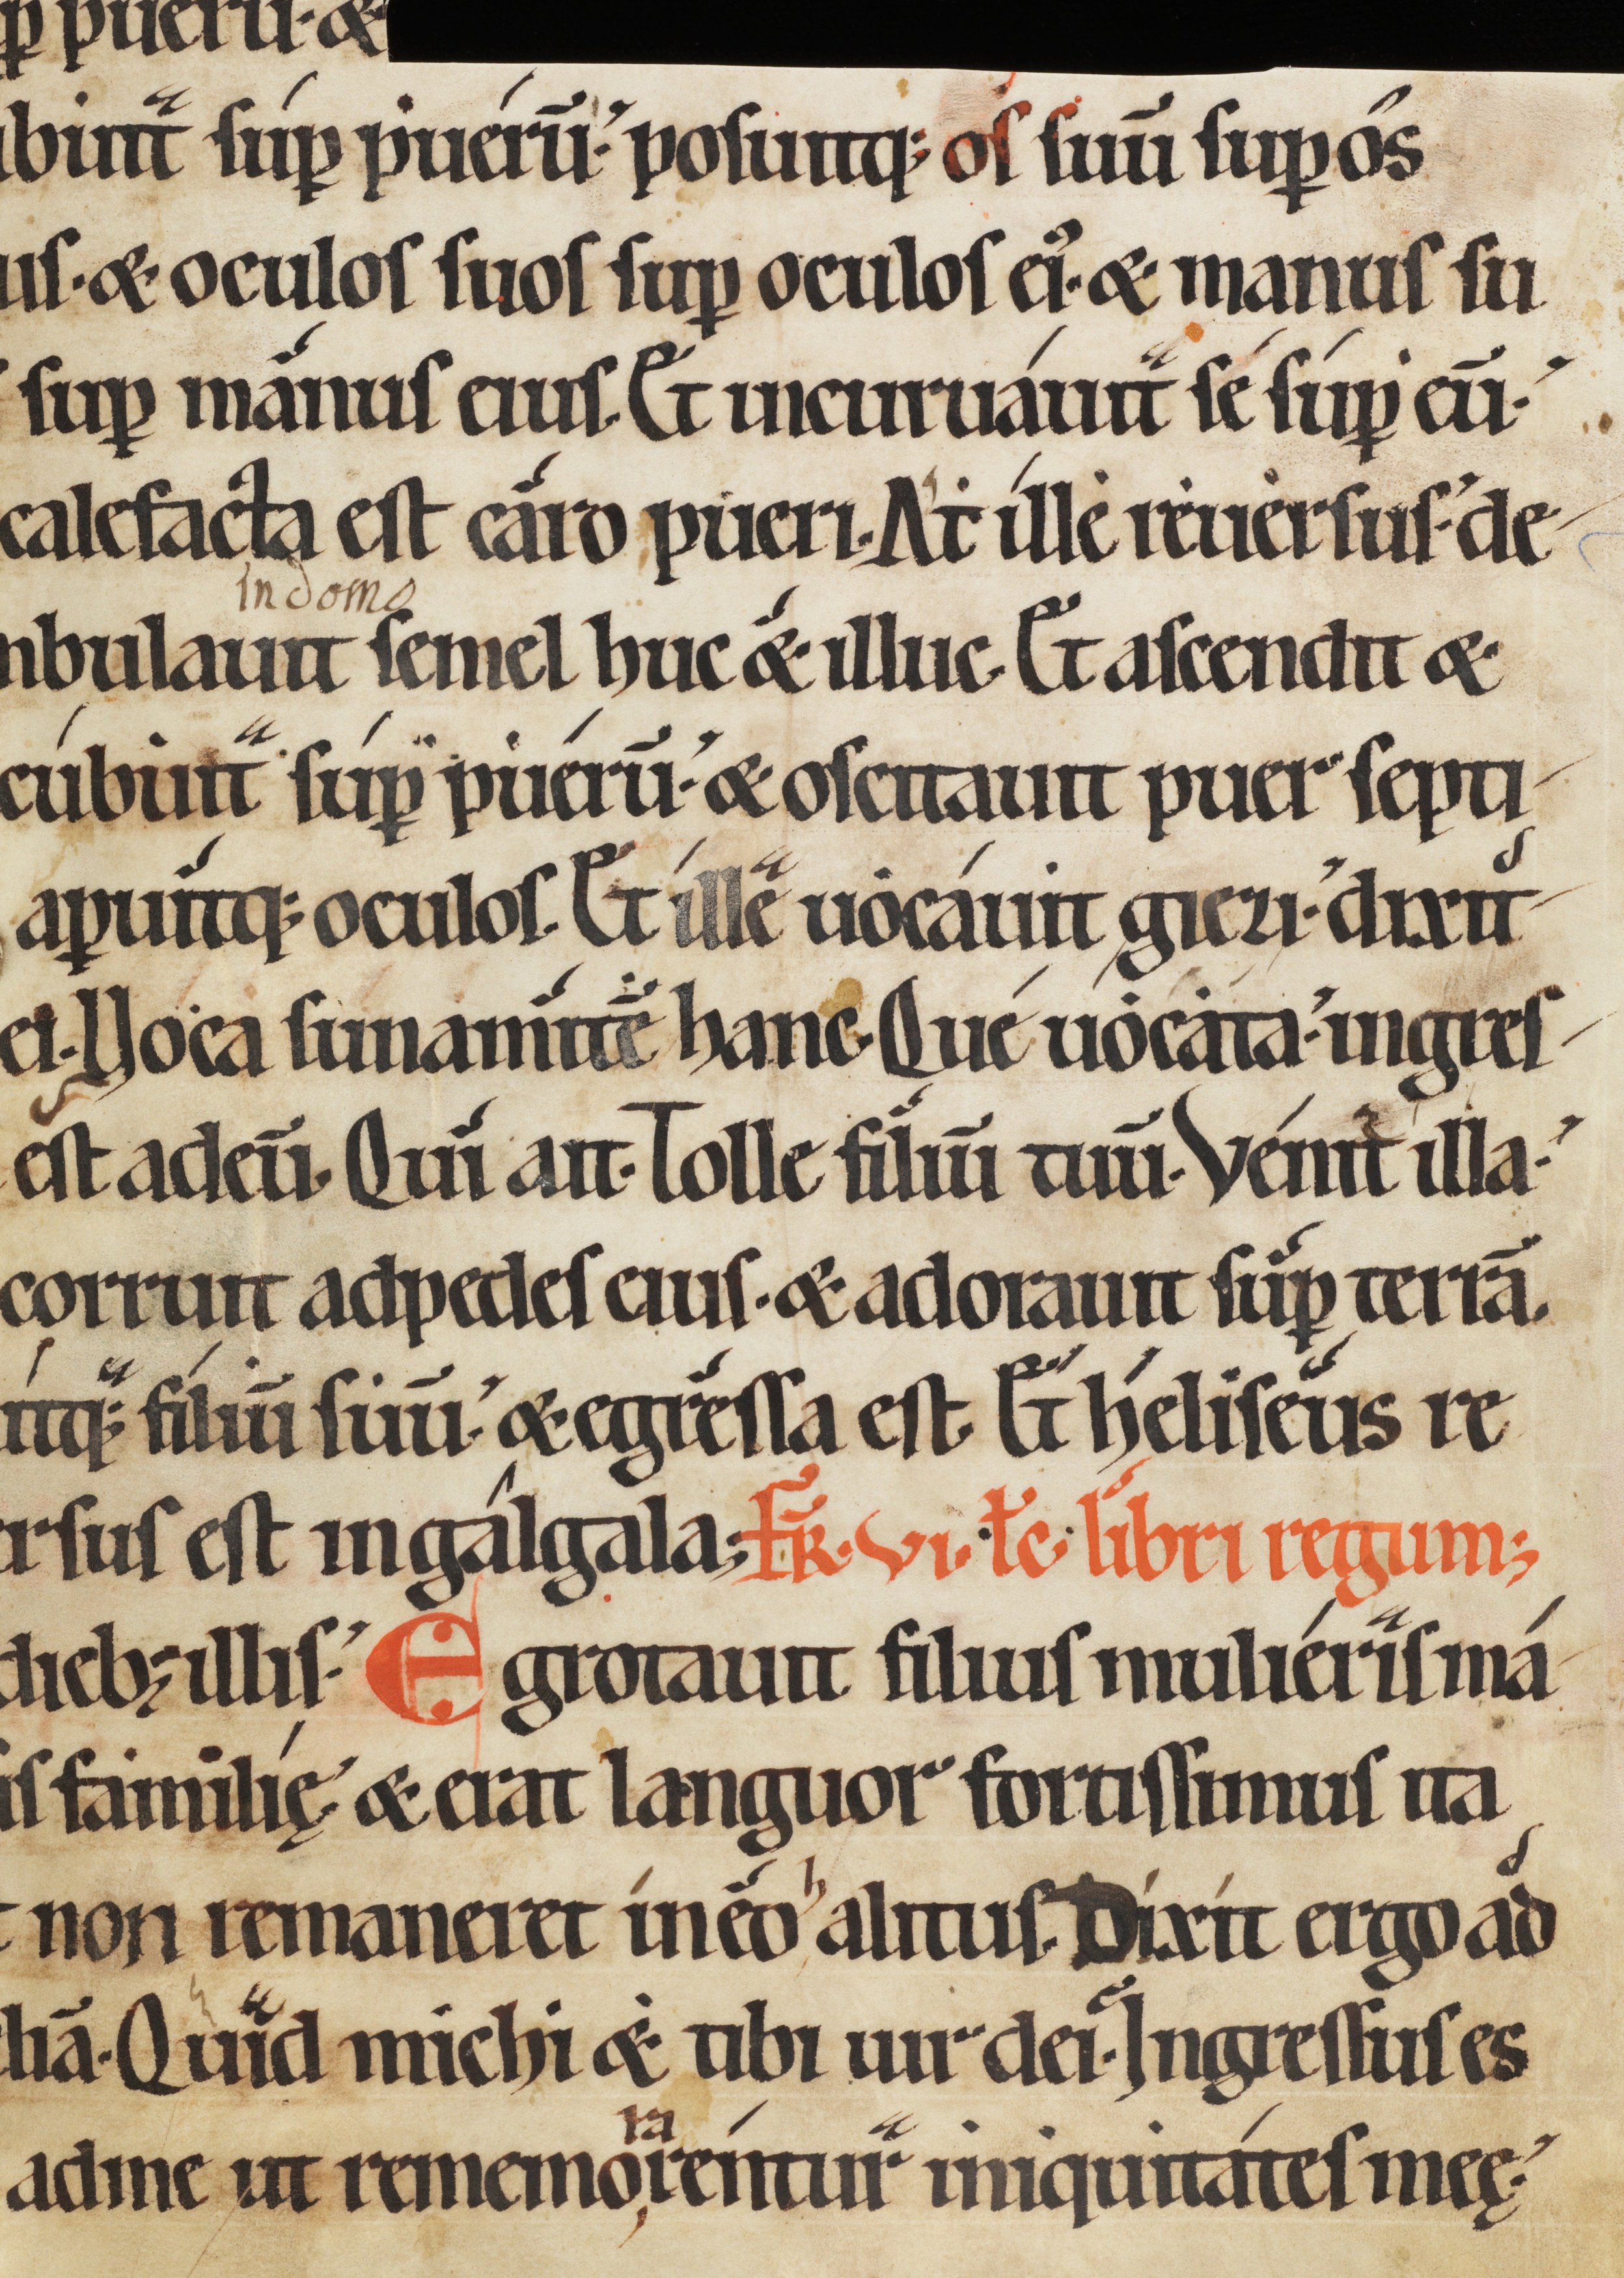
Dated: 1150–1199